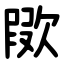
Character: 㰺